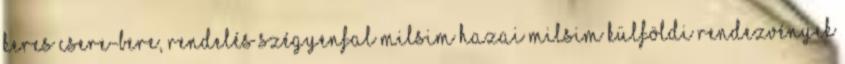
KERES CSERE-BERE, RENDELÉS Szégyenfal MilSim Hazai MilSim Külföldi rendezvények